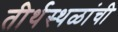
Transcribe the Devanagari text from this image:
तीर्थस्थळांची